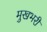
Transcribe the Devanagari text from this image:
मुखभरी